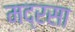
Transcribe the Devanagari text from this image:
मद्रसा